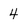
Character: 4